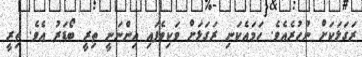
ރަގަޅަކަށް ނުހުރެއެވެ. ހަމައެކަނި ރަގަޅަށް ވަކިވެފައި އިންނަނީ ތިރީ ބޯޑަރު އެވެ. ތިރީ